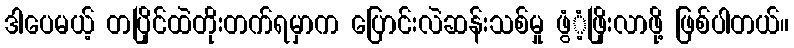
ဒါပေမယ့် တပြိုင်ထဲတိုးတက်ရမှာက ပြောင်းလဲဆန်းသစ်မှု ဖွံံ့ဖြိုးလာဖို့ ဖြစ်ပါတယ်။